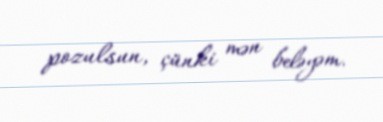
pozulsun, çünki mən beləyəm.